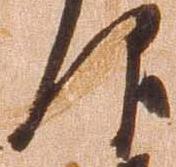
仰